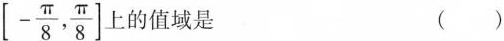
\left[-\frac{\pi}{8}，\frac{\pi}{8}\right]上的值域是 （）